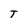
Character: T